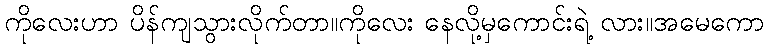
ကိုလေးဟာ ပိန်ကျသွားလိုက်တာ။ကိုလေး နေလို့မှကောင်းရဲ့ လား။အမေကော